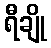
ရီချို